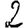
Digit: 2